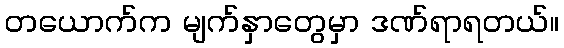
တယောက်က မျက်နှာတွေမှာ ဒဏ်ရာရတယ်။